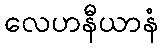
လေဟနီယာနံ